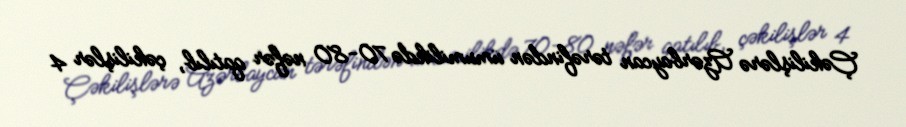
Çəkilişlərə Azərbaycan tərəfindən ümumilikdə 70-80 nəfər qatılıb, çəkilişlər 4